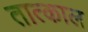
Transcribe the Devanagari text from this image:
तात्काल